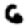
Digit: 6